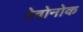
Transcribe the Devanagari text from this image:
रेवोनोक